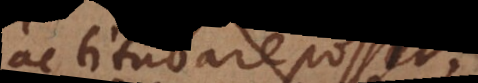
ac titubare possit,